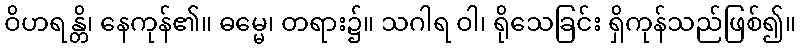
ဝိဟရန္တိ၊ နေကုန်၏။ ဓမ္မေ၊ တရား၌။ သဂါရ ဝါ၊ ရိုသေခြင်း ရှိကုန်သည်ဖြစ်၍။